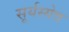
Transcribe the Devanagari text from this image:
सूर्यस्येव